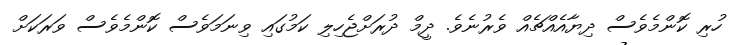
ހުރި ކޮންމެވެސް ދިޔާއެއްޗެއް ވެރުނެވެ. ދީމް ދުރަށްޖެހިލި ކަމުގައި ވިނަމަވެސް ކޮންމެވެސް ވަރަކަށް